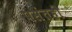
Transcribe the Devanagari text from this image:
पसंतही